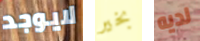
لايوجد بخير لديه